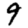
Digit: 9